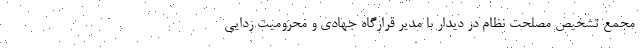
مجمع تشخیص مصلحت نظام در دیدار با مدیر قرارگاه جهادی و محرومیت زدایی